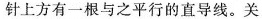
针上方有一根与之平行的直导线。关